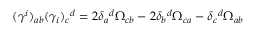
( \gamma ^ { i } ) _ { a b } ( \gamma _ { i } ) _ { c } { } ^ { d } = 2 \delta _ { a } { } ^ { d } \Omega _ { c b } - 2 \delta _ { b } { } ^ { d } \Omega _ { c a } - \delta _ { c } { } ^ { d } \Omega _ { a b }